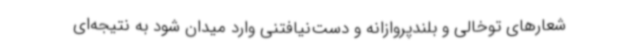
شعارهای توخالی و بلندپروازانه و دست‌نیافتنی وارد میدان شود به نتیجه‌ای